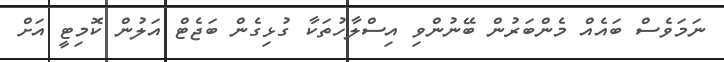
ނަމަވެސް ބައެއް މެންބަރުން ބޭނުންވި އިސްލާހުތަކާ ގުޅިގެން ބަޖެޓް އަލުން ކޮމިޓީ އަށް